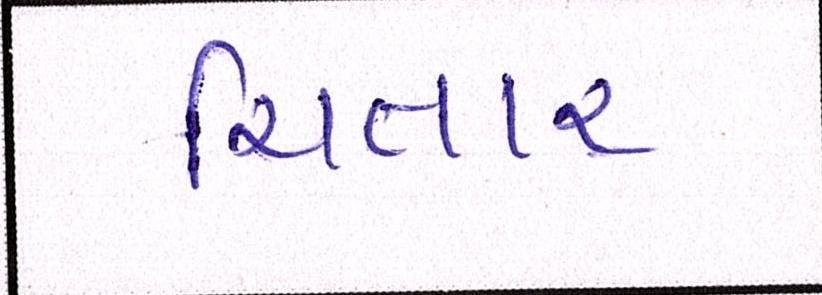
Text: ચિતાર